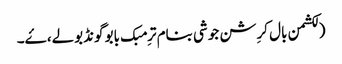
(لکشمن بال کرِشن جوشی بنام ترِمبک بابو گونڈبولے، ۓ۔